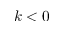
k < 0